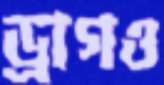
ড্রাগও